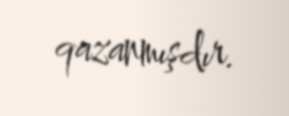
qazanmışdır.